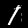
Digit: 1